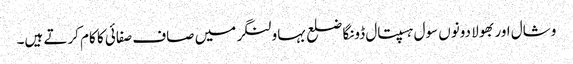
وشال اور بھولا دونوں سول ہسپتال ڈونگا ضلع بہاولنگر میں صاف صفائی کا کام کرتے ہیں۔